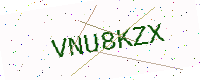
Text: VNU8KZX